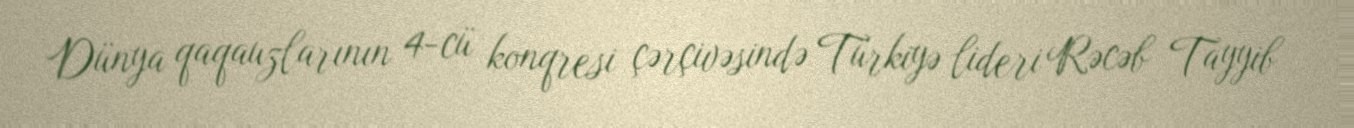
Dünya qaqauzlarının 4-cü konqresi çərçivəsində Türkiyə lideri Rəcəb Tayyib